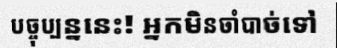
បច្ចុប្បន្ននេះ! អ្នកមិនចាំបាច់ទៅ